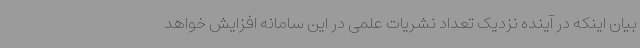
بیان اینکه در آینده نزدیک تعداد نشریات علمی در این سامانه افزایش خواهد